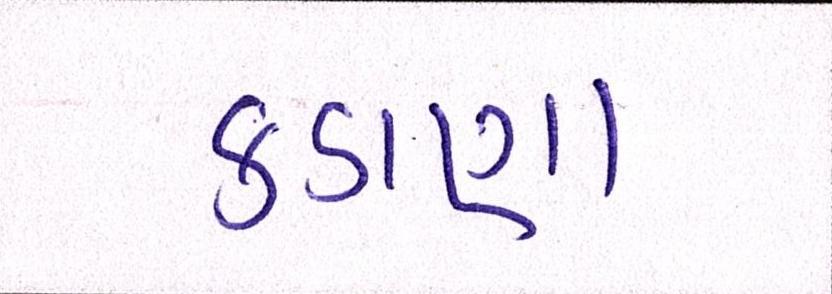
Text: કડાણા